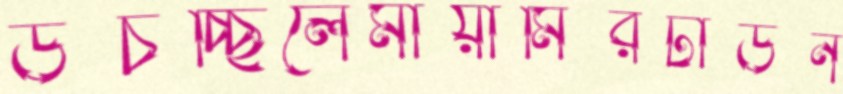
উচচ্ছিলেমায়ামিরটাউন